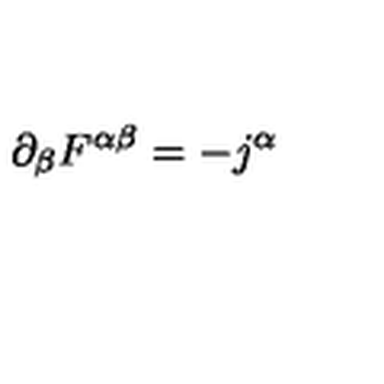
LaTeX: \partial _ { \beta } F ^ { \alpha \beta } = - j ^ { \alpha }